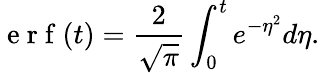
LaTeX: \mathrm{~e~r~f~}(t)=\frac{2}{\sqrt{\pi}}\int_{0}^{t}e^{-\eta^{2}}d\eta.